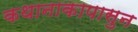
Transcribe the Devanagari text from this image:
कथानाकापासुन